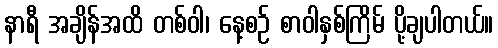
နာရီ အချိန်အထိ တစ်ဝါ၊ နေ့စဉ် စာဝါနှစ်ကြိမ် ပို့ချပါတယ်။